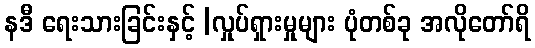
နဒီ ရေးသားခြင်းနှင့် |လှုပ်ရှားမှုများ ပုံတစ်ခု အလိုတော်ရိ